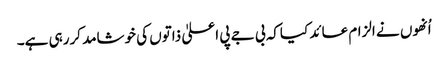
اُنھوں نے الزام عائد کیاکہ بی جے پی اعلیٰ ذاتوں کی خوشامد کررہی ہے۔